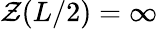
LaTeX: \mathcal{Z}(L/2)=\infty